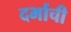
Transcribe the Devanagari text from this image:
दर्भाची